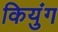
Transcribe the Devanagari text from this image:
कियुंग